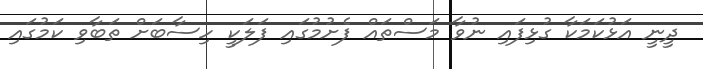
ދީނީ އަޅުކަމަކާ ގުޅިފައި ނުވާ މަސްތައް ފެށުމުގައި ފަލަކީ ހިސާބަށް ތަބާވި ކަމުގައި